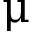
\upmu